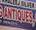
antiques